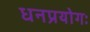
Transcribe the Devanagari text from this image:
धनप्रयोगः